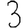
Digit: 3